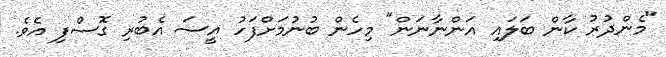
"މެންދުރު ކާން ބަލައި އަންނާނަން" މިހެން ބުނުމަށްފަހު އީސަ އެބުރި ގޮސްފި އެވެ.